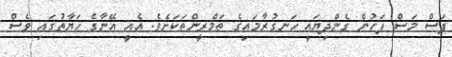
ފަސް މަސް ފަހުން ގެންދިޔައީ ހަނގުރާމައިގެ ތަމްރީންތަކަށެވެ. އެއީ އޭނާގެ ހަޔާތުގައި ވެސް